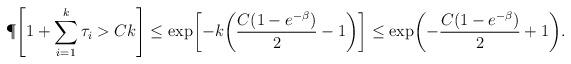
LaTeX: \begin{align*} \P\Biggl[ 1+\sum_{i=1}^k\tau_i > Ck \Biggr] &\leq \exp\biggl[ -k\biggl(\frac{C(1-e^{-\beta})}{2}-1\biggr)\biggr] \leq \exp\biggl( -\frac{C(1-e^{-\beta})}{2}+1\biggr). \end{align*}